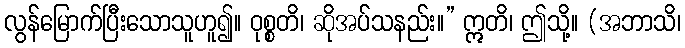
လွန်မြောက်ပြီးသောသူဟူ၍။ ဝုစ္စတိ၊ ဆိုအပ်သနည်း။” ဣတိ၊ ဤသို့။ (အဘာသိ၊